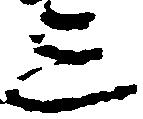
三